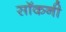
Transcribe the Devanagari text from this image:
सॉकनी